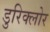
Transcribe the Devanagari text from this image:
डुरिक्लोर